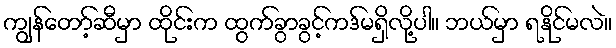
ကျွန်တော့်ဆီမှာ ထိုင်းက ထွက်ခွာခွင့်ကဒ်မရှိလို့ပါ။ ဘယ်မှာ ရနိုင်မလဲ။